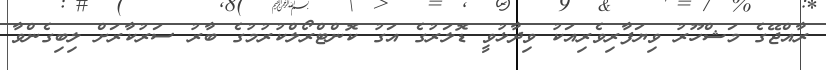
ރާއްޖޭގެ މަޝްހޫރު ވިޔަފާރިވެރިއަކު ވިދާޅުވީ ޑޮލަރުގެ އަގު ކޮންޓްރޯލްކުރުމުގެ ބާރު ސަރުކާރަށް ލިބިގެންވާ